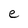
Character: e